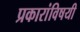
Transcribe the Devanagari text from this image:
प्रकारांविषयी